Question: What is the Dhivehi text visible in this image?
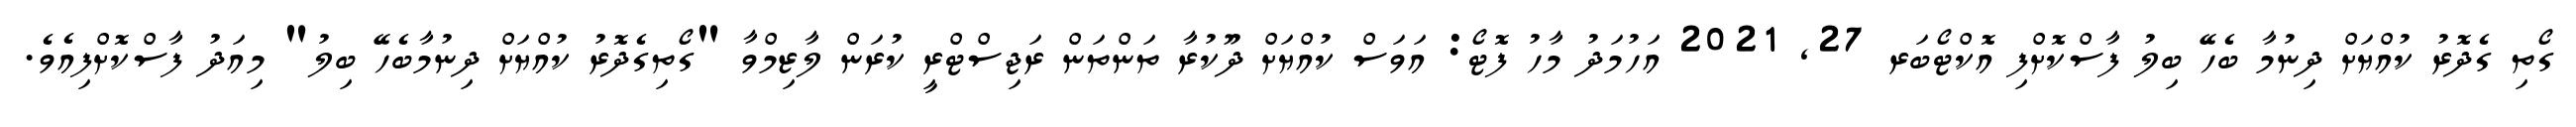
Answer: ގޯތި ގެދޮރު ކުއްޔަށް ދިނުމާ ބެހޭ ބިލު ފާސްކޮށްފި އޮކްޓޯބަރ 27, 2021 އަހުމަދު މާހު ފޮޓޯ: އަވަސް ކުއްޔަށް ދޫކުރާ ތަންތަން ރަޖިސްޓްރީ ކުރަން ލާޒިމްވާ "ގޯތިގެދޮރު ކުއްޔަށް ދިނުމާބެހޭ ބިލު" މިއަދު ފާސްކޮށްފިއެވެ.